Annual administration report of the Civil Veterinary Department of India - 1897-1898
Year: 1897
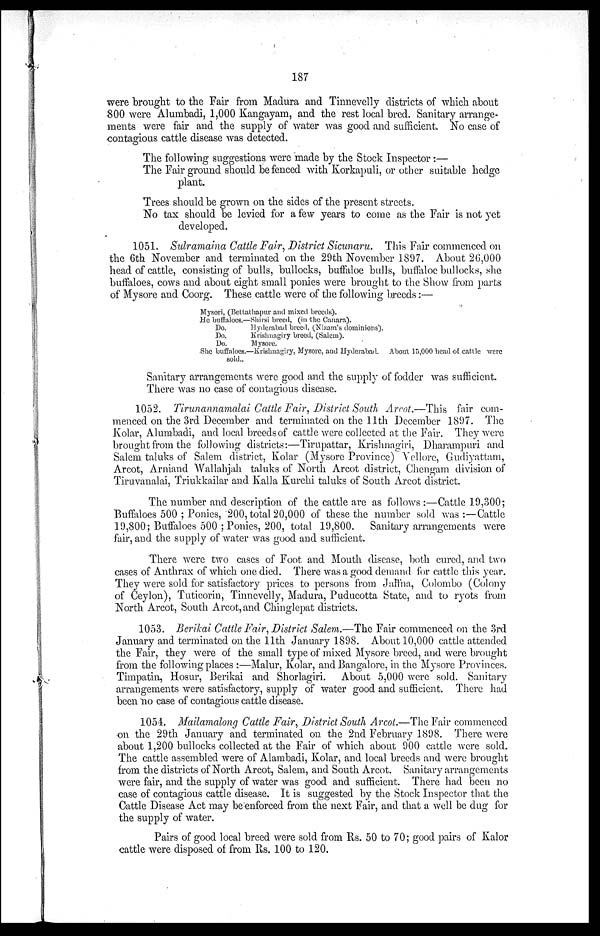
187
were brought to the Fair from Madura and Tinnevelly districts of which about
800 were Alumbadi, 1,000 Kangayam, and the rest local bred. Sanitary arrange-
ments were fair and the supply of water was good and sufficient. No case of
contagious cattle disease was detected.
The following suggestions were made by the Stock Inspector:—
The Fair ground should be fenced with Korkapuli, or other suitable hedge
plant.
Trees should be grown on the sides of the present streets.
No tax should be levied for a few years to come as the Fair is not yet
developed.
1051. Sulramaina Cattle Fair, District Sicunaru. This Fair commenced on
the 6th November and terminated on the 29th November 1897. About 26,000
head of cattle, consisting of bulls, bullocks, buffaloe bulls, buffaloe bullocks, she
buffaloes, cows and about eight small ponies were brought to the Show from parts
of Mysore and Coorg. These cattle were of the following breeds:—
Mysori, (Bettathapur and mixed breeds).
He buffaloes.—Shirsi breed, (in the Canara).
Do.
Hyderabad breed, (Nizam's dominions).
Do.
Krishnagiry breed, (Salem).
Do.
Mysore.
She buffaloes.—Krishnagiry, Mysore, and Hyderabad. About 15,000 head of cattle were
sold..
Sanitary arrangements were good and the supply of fodder was sufficient.
There was no case of contagious disease.
1052. Tirunannamalai Cattle Fair, District South Arcot.—This fair com-
menced on the 3rd December and terminated on the 11th December 1897. The
Kolar, Alumbadi, and local breeds of cattle were collected at the Fair. They were
brought from the following districts:—Tirupattar, Krishnagiri, Dharampuri and
Salem taluks of Salem district, Kolar (Mysore Province) Vellore, Gudiyattam,
Arcot, Arniand Wallahjah taluks of North Arcot district, Chengam division of
Tiruvanalai, Triukkailar and Kalla Kurchi taluks of South Arcot district.
The number and description of the cattle are as follows:—Cattle 19,300;
Buffaloes 500; Ponies, 200, total 20,000 of these the number sold was:—Cattle
19,800; Buffaloes 500 ; Ponies, 200, total 19,800. Sanitary arrangements were
fair, and the supply of water was good and sufficient.
There were two cases of Foot and Mouth disease, both cured, and two
cases of Anthrax of which one died. There was a good demand for cattle this year.
They were sold for satisfactory prices to persons from Jaffna, Colombo (Colony
of Ceylon), Tuticorin, Tinnevelly, Madura, Puducotta State, and to ryots from
North Arcot, South Arcot, and Chinglepat districts.
1053. Berikai Cattle Fair, District Salem.—The Fair commenced on the 3rd
January and terminated on the 11th January 1898. About 10,000 cattle attended
the Fair, they were of the small type of mixed Mysore breed, and were brought
from the following places:—Malur, Kolar, and Bangalore, in the Mysore Provinces.
Timpatin, Hosur, Berikai and Shorlagiri. About 5,000 were sold. Sanitary
arrangements were satisfactory, supply of water good and sufficient. There had
been no case of contagious cattle disease.
1054. Mailamalong Cattle Fair, District South Arcot.—The Fair commenced
on the 29th January and terminated on the 2nd February 1898. There were
about 1,200 bullocks collected at the Fair of which about 900 cattle were sold.
The cattle assembled were of Alambadi, Kolar, and local breeds and were brought
from the districts of North Arcot, Salem, and South Arcot. Sanitary arrangements
were fair, and the supply of water was good and sufficient. There had been no
case of contagious cattle disease. It is suggested by the Stock Inspector that the
Cattle Disease Act may be enforced from the next Fair, and that a well be dug for
the supply of water.
Pairs of good local breed were sold from Rs. 50 to 70; good pairs of Kalor
cattle were disposed of from Rs. 100 to 120.